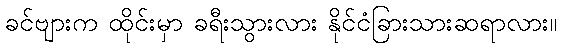
ခင်ဗျားက ထိုင်းမှာ ခရီးသွားလား နိုင်ငံခြားသားဆရာလား။